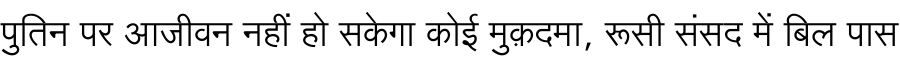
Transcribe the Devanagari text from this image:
पुतिन पर आजीवन नहीं हो सकेगा कोई मुक़दमा, रूसी संसद में बिल पास